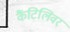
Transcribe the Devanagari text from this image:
कैंटिलिवर